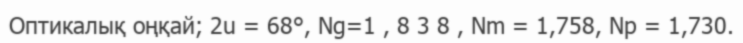
Оптикалық оңқай; 2u = 68°, Ng=1 , 8 3 8 , Nm = 1,758, Np = 1,730.